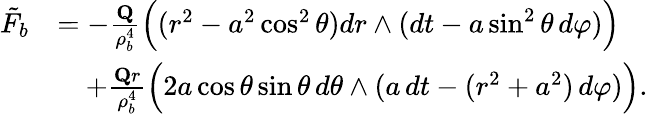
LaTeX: \begin{array}{rl}{\tilde{F}_{b}}&{=-\frac{\mathbf{Q}}{\rho_{b}^{4}}\Big((r^{2}-a^{2}\cos^{2}\theta)dr\wedge(dt-a\sin^{2}\theta\, d\varphi)\Big)}\\ &{\quad+\frac{\mathbf{Q}r}{\rho_{b}^{4}}\Big(2a\cos\theta\sin\theta\, d\theta\wedge(a\, dt-(r^{2}+a^{2})\, d\varphi)\Big).}\end{array}